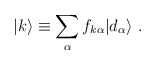
\begin{align*}|k\rangle\equiv \sum_\alpha f_{k\alpha}|d_\alpha\rangle~.\end{align*}